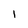
Character: l